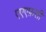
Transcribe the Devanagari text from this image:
एएएफ़सी